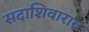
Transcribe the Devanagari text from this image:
सदाशिवाराव